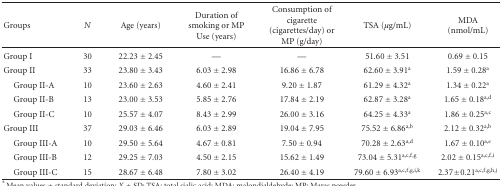
<table><thead><tr><td><b> Groups</b></td><td><b><i>N</i></b></td><td><b>Age (years)</b></td><td><b>Duration of smoking or MP Use (years)</b></td><td><b>Consumption of cigarette (cigarettes/day) or MP (g/day)</b></td><td><b> TSA (<i>μ</i>g/mL)</b></td><td><b>MDA (nmol/mL)</b></td></tr></thead><tbody><tr><td>Group I</td><td>30</td><td>22.23 ± 2.45</td><td>—</td><td>—</td><td>51.60 ± 3.51</td><td>0.69 ± 0.15</td></tr><tr><td>Group II</td><td>33</td><td>23.80 ± 3.43</td><td>6.03 ± 2.98</td><td>16.86 ± 6.78</td><td>62.60 ± 3.91<sup>a</sup></td><td>1.59 ± 0.28<sup>a</sup></td></tr><tr><td> Group II-A</td><td>10</td><td>23.60 ± 2.63</td><td>4.60 ± 2.41</td><td>9.20 ± 1.87</td><td>61.29 ± 4.32<sup>a</sup></td><td>1.34 ± 0.22<sup>a</sup></td></tr><tr><td> Group II-B</td><td>13</td><td>23.00 ± 3.53</td><td>5.85 ± 2.76</td><td>17.84 ± 2.19</td><td>62.87 ± 3.28<sup>a</sup></td><td>1.65 ± 0.18<sup>a,d</sup></td></tr><tr><td> Group II-C</td><td>10</td><td>25.57 ± 4.07</td><td>8.43 ± 2.99</td><td>26.00 ± 3.16</td><td>64.25 ± 4.33<sup>a</sup></td><td>1.86 ± 0.25<sup>a,c</sup></td></tr><tr><td>Group III</td><td>37</td><td>29.03 ± 6.46</td><td>6.03 ± 2.89</td><td>19.04 ± 7.95</td><td>75.52 ± 6.86<sup>a,b</sup></td><td>2.12 ± 0.32<sup>a,b</sup></td></tr><tr><td> Group III-A</td><td>10</td><td>29.50 ± 5.64</td><td>4.67 ± 0.81</td><td>7.50 ± 0.94</td><td>70.28 ± 2.63<sup>a,d</sup></td><td>1.67 ± 0.10<sup>a,e</sup></td></tr><tr><td> Group III-B</td><td>12</td><td>29.25 ± 7.03</td><td>4.50 ± 2.15</td><td>15.62 ± 1.49</td><td>73.04 ± 5.31<sup>a,c,f,g</sup></td><td>2.02 ± 0.15<sup>a,c,f,i</sup></td></tr><tr><td> Group III-C</td><td>15</td><td>28.67 ± 6.48</td><td>7.80 ± 3.02</td><td>26.40 ± 4.19</td><td>79.60 ± 6.93<sup>a,c,f,g,i,k</sup></td><td>2.37 ± 0.21<sup>a,c,f,g,h,j</sup></td></tr></tbody></table>